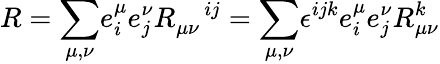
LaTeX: R={\displaystyle\sum_{\mu,\nu}}e_{i}^{\mu}e_{j}^{\nu}R_{\mu\nu}^{\quad ij}={\displaystyle\sum_{\mu,\nu}}\epsilon^{ijk}e_{i}^{\mu}e_{j}^{\nu}R_{\mu\nu}^{k}